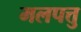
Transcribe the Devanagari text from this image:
मलपत्तु